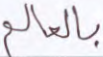
بالعالم